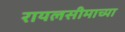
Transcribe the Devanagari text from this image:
रायलसीमाच्या